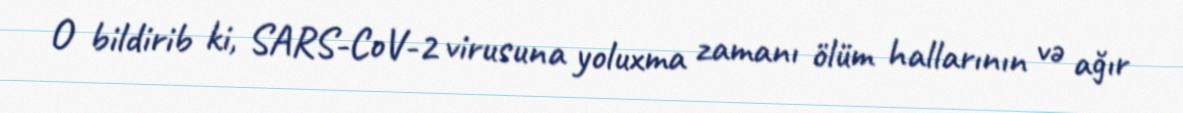
O bildirib ki, SARS-CoV-2 virusuna yoluxma zamanı ölüm hallarının və ağır